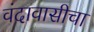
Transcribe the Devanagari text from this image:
वंदावासीचा